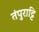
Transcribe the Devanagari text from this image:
तंपुराट्टि